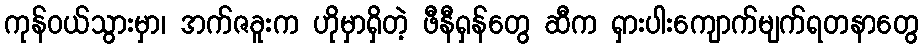
ကုန်ဝယ်သွားမှာ၊ အက်ဇခူးက ဟိုမှာရှိတဲ့ ဖီနီရှန်တွေ ဆီက ရှားပါးကျောက်မျက်ရတနာတွေ